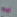
زيرو